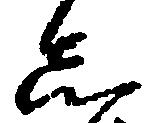
し